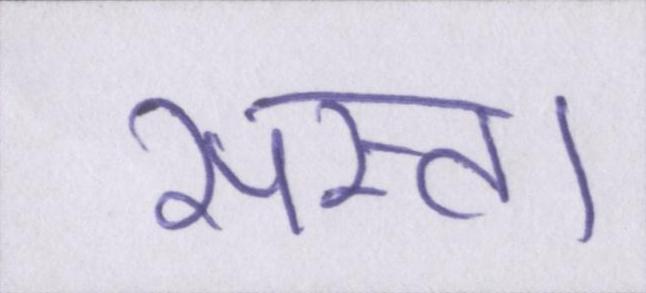
सस्ता